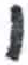
אות: י